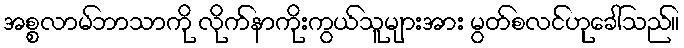
အစ္စလာမ်ဘာသာကို လိုက်နာကိုးကွယ်သူများအား မွတ်စလင်ဟုခေါ်သည်။